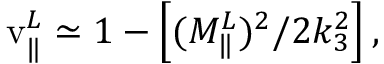
\mathrm { v } _ { \Vert } ^ { L } \simeq 1 - \left[ ( M _ { \Vert } ^ { L } ) ^ { 2 } / 2 k _ { 3 } ^ { 2 } \right] ,